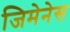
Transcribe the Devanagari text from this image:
जिमेनेस